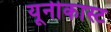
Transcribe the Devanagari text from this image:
यूनीकास्ट